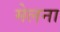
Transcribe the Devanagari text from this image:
मेलना